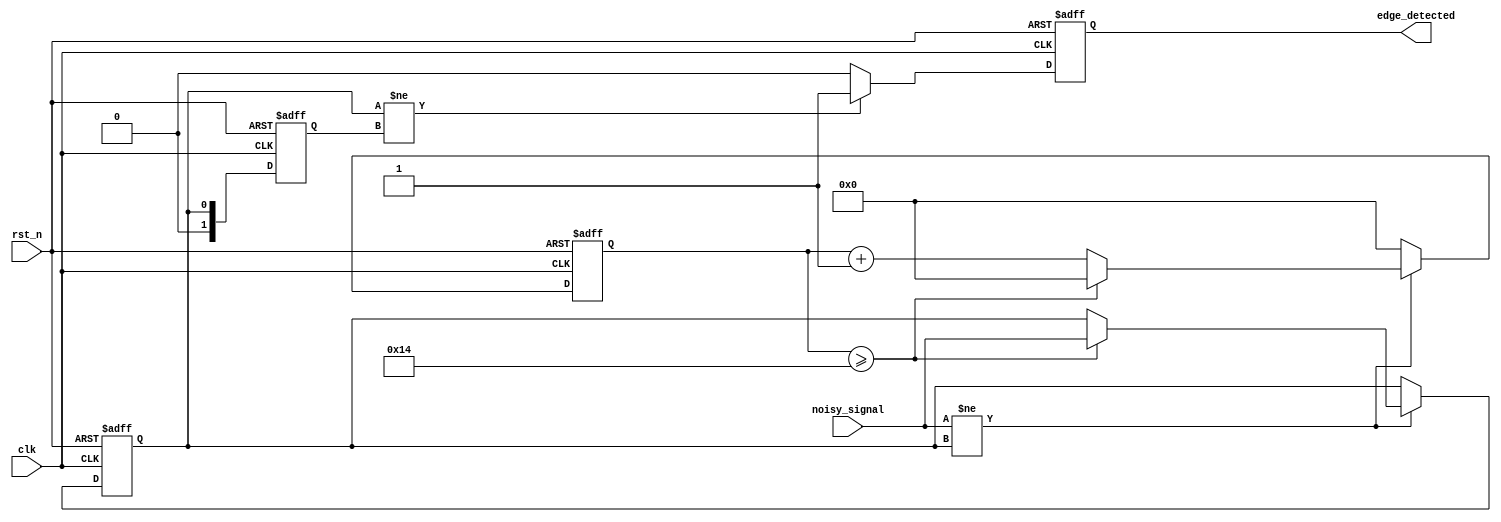
module DebouncedEdgeDetector (
    input wire clk,               // Clock signal
    input wire rst_n,             // Active low reset
    input wire noisy_signal,      // Input signal (noisy)
    output reg edge_detected      // Output signal indicating a valid edge
);

    // Parameters
    parameter DEBOUNCE_TIME = 20; // Debounce time in clock cycles

    // Internal signals
    reg [1:0] state;              // Current state of the input signal
    reg [15:0] debounce_counter;   // Counter for debounce timing
    reg stable_signal;             // Debounced stable signal

    // State encoding
    localparam LOW = 1'b0;
    localparam HIGH = 1'b1;

    // Edge detection logic
    always @(posedge clk or negedge rst_n) begin
        if (!rst_n) begin
            state <= LOW;
            debounce_counter <= 0;
            stable_signal <= LOW;
            edge_detected <= 1'b0;
        end else begin
            // Debounce logic
            if (noisy_signal != stable_signal) begin
                debounce_counter <= debounce_counter + 1;
                if (debounce_counter >= DEBOUNCE_TIME) begin
                    stable_signal <= noisy_signal;
                    debounce_counter <= 0; // Reset counter
                end
            end else begin
                debounce_counter <= 0; // Reset counter if stable
            end

            // Edge detection logic
            if (stable_signal != state) begin
                edge_detected <= 1'b1; // Edge detected
            end else begin
                edge_detected <= 1'b0; // No edge detected
            end
            
            // Update state
            state <= stable_signal;
        end
    end

endmodule